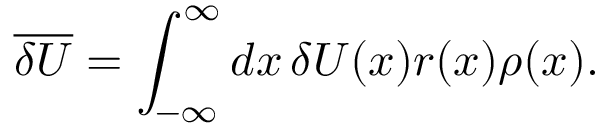
\overline { { \delta U } } = \int _ { - \infty } ^ { \infty } d x \, \delta U ( x ) r ( x ) \rho ( x ) .